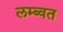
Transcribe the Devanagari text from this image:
लम्ब्वत